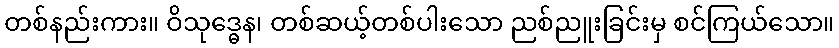
တစ်နည်းကား။ ဝိသုဒ္ဓေန၊ တစ်ဆယ့်တစ်ပါးသော ညစ်ညူးခြင်းမှ စင်ကြယ်သော။